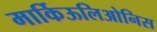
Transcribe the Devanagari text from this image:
मार्किऊलिओनिस